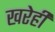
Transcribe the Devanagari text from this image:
खरेही